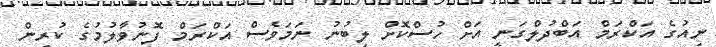
ނިއުގެ އަކްރަމް އަބްދުލްގަނީ އަށް ހުސްކޮށް ލިބުނު ނަމަވެސް އަކްރަމް ފޮނުވާލުމުގެ ކުރިން